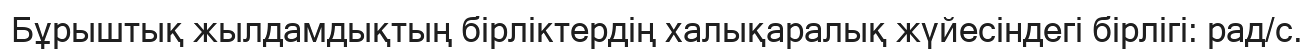
Бұрыштық жылдамдықтың бірліктердің халықаралық жүйесіндегі бірлігі: рад/с.